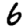
Digit: 6